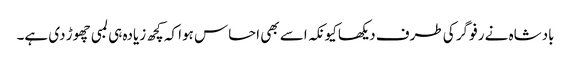
بادشاہ نے رفو گر کی طرف دیکھا کیونکہ اسے بھی احساس ہوا کہ کچھ زیادہ ہی لمبی چھوڑ دی ہے۔